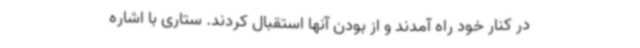
در کنار خود راه آمدند و از بودن آنها استقبال کردند. ستاری با اشاره